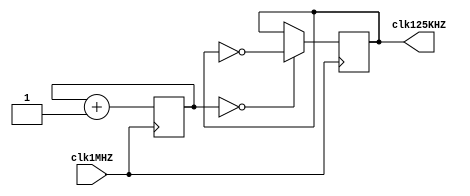
module clk_divider(
	input clk1MHZ,
	output reg clk125KHZ
);

initial begin
	clk125KHZ <= 0;
end

reg [2:0] counter = 0;

always@(posedge clk1MHZ) begin
	if(!counter) clk125KHZ = ~clk125KHZ;
	counter = counter + 1'b1;
end

endmodule